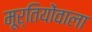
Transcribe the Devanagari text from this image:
मूर्तियोंवाला